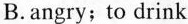
B.angry;to drink